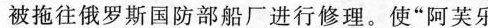
被拖往俄罗斯国防部船厂进行修理。使”阿芙乐